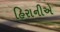
હિરાનીએ